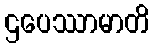
ဌပေဿာမာတိ